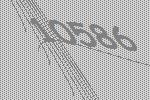
10586